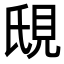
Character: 𬡼